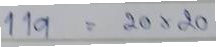
119 = 20x20